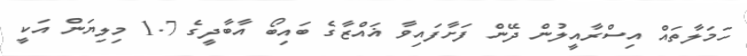
ހަމަލާތައް އިސްރާއީލުން ދޭން ފަށާފައިވާ ޣައްޒާގެ ބައިބޯ އާބާދީގެ 1.7 މިލިޔަން އަކީ